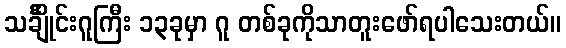
သင်္ချိုင်းဂူကြီး ၁၃ခုမှာ ဂူ တစ်ခုကိုသာတူးဖော်ရပါသေးတယ်။